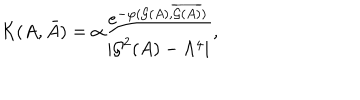
LaTeX: { \cal K } ( A , \bar { A } ) = \alpha { \frac { e ^ { - \varphi ( { \cal G } ( A ) , \overline { { { { \cal G } ( A ) } } } ) } } { | { \cal G } ^ { 2 } ( A ) - \Lambda ^ { 4 } | } } ,